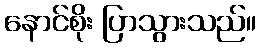
နောင်စိုး ပြာသွားသည်။